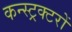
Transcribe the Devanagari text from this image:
कन्स्ट्रक्टरों